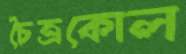
চৈত্রকোল